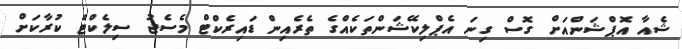
ޝެއާ އޮޕްޝަންއަށް ގޮސް ގިނަ އެޕްލިކޭޝަންތަކެއްގެ ތެރެއިން ޑައިރެކްޓް މެސެޖު ސިލެކްޓް ކުރާކަށް